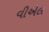
વીએલ